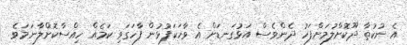
އެ ނުކުތާ ދޫކޮށްލުމަށްފަހު ދެންވެސް އަޅުގަނޑަށް އެ ވާހަކަފުޅުން ފާހަގަވި ކަމެއް ހިއްސާކޮށްލާނަމަވެ.